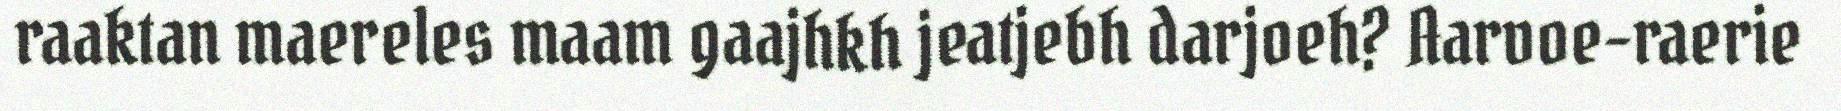
raaktan maereles maam gaajhkh jeatjebh darjoeh? Aarvoe-raerie